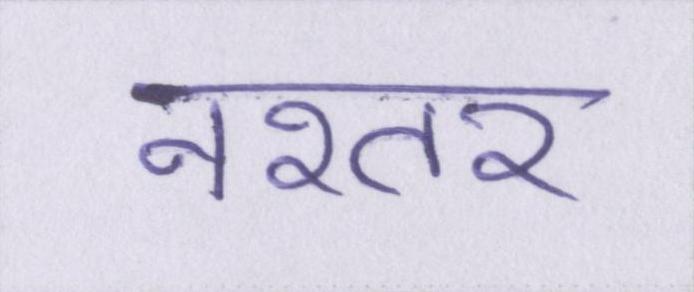
नश्तर